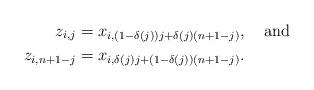
LaTeX: \begin{align*} z_{i,j} &= x_{i, (1-\delta(j))j +\delta(j)(n+1-j)}, \mbox{ \ \ and} \\ z_{i,n+1-j} &= x_{i,\delta(j)j + (1- \delta(j)) (n+1-j)}. \end{align*}